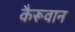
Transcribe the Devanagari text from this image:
कैरूवान